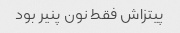
پیتزاش فقط نون پنیر بود